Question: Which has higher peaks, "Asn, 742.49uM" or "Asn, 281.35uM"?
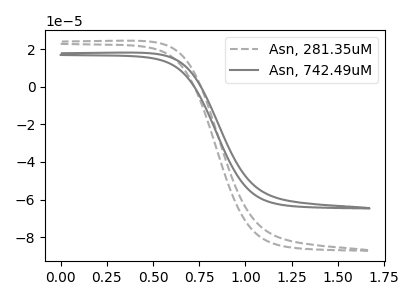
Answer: <think>The gray dashed curve "Asn, 281.35uM" has no peaks. The gray curve "Asn, 742.49uM" has no peaks.</think>
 <answer>Niether CV has any peaks.</answer>
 <eval>blanks</eval>